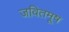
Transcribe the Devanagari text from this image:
जवितमूष